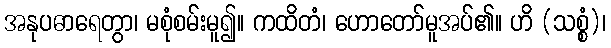
အနုပဓာရေတွာ၊ မစုံစမ်းမူ၍။ ကထိတံ၊ ဟောတော်မူအပ်၏။ ဟိ (သစ္စံ)၊